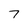
Character: 7